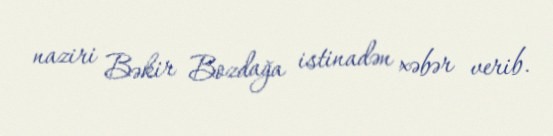
naziri Bəkir Bozdağa istinadən xəbər verib.